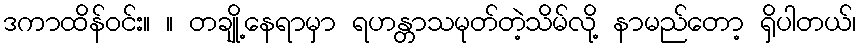
ဒကာထိန်ဝင်း။ ။ တချို့နေရာမှာ ရဟန္တာသမုတ်တဲ့သိမ်လို့ နာမည်တော့ ရှိပါတယ်၊